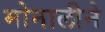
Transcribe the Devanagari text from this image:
मोनालीने